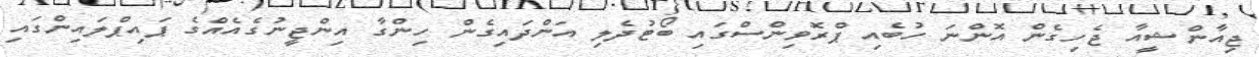
ޖިއާންޝީއާ ޖެހިގެން އޮންނަ ހުބެއި ޕްރޮވިންސްގައި ބޯޓުދެލި އަންދައިގެން ހިންގާ އިންޖީނުގެއެއްގެ ޕައިޕްލައިންގައި